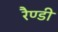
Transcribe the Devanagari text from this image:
रैण्डी